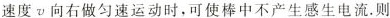
速度v向右做匀速运动时，可使棒中不产生感生电流。则